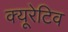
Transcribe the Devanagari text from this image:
क्यूरेटिव